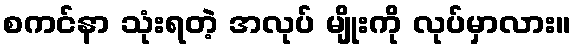
စကင်နာ သုံးရတဲ့ အလုပ် မျိုးကို လုပ်မှာလား။